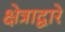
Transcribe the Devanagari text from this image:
क्षेत्राद्वारे